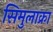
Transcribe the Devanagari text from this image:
सिमुलाक्रा